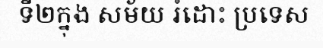
ទី២ក្នុង សម័យ រំដោះ ប្រទេស